Punjab Mental Hospital Lahore 1932-46 - 1932-1946
Year: 1932
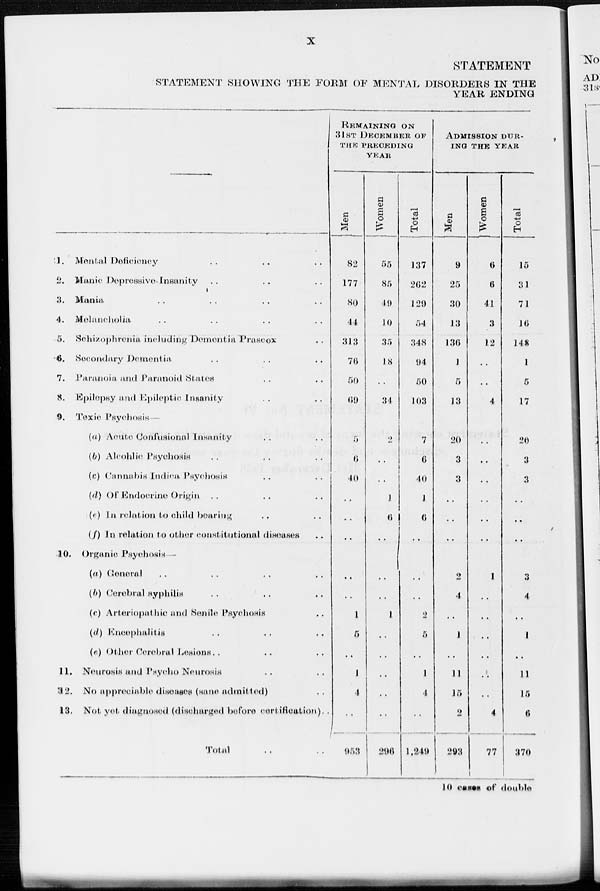
X
STATEMENT
STATEMENT SHOWING THE FORM OF MENTAL DISORDERS IN THE
YEAR ENDING
—
1.
Mental Deficieney .. .. ..
2. Manic Depressive Insanity .. .. ..
3. Mania .. .. .. ..
4. Melancholia. .. .. .. ..
5. Schizophrenia including Dementia Prascox ..
6. Secondary Dementia .. .. ..
7. Paranoia and Paranoid States .. ..
8. Epilepsy and Epileptic Insanity .. ..
9. Toxic Psychosis
(a) Acute Confusional insanity .. ..
(b) Alcohlic Psychosis .. .. ..
(c) Cannabis Indica Psychosis
(d) Of Endocrine Origin .. .. ..
(e) In relation to child hearing .. ..
(f) In relation to other constitutional diseases ..
10. Organic Psychosis
(a) General .. .. .. ..
(b) Cerebral Hyphilis .. .. ..
(c) Arteriopathie and Senile Psychosis ..
(d) Encephalitis .. .. ..
(e) Other Cerebral Lesions ..
11. Neurosis and Psycho Neurosis .. ..
12.
No appreciable diseases (sane admitted) ..
13. Not yet diagnosed (discharged before certification). .
Total .. ..
REMAINING ON
31ST DECEMBER OF
THE PRECEDING
YEAR
Men
82
177
80
44
313
76
50
69
5
6
40
..
..
..
..
..
1
5
..
1
4
..
953
Women
55
85
49
10
35
18
..
34
2
..
..
1
6
..
..
..
1
..
..
..
..
..
296
Total
137
262
129
54
348
94
50
103
7
6
40
1
6
..
..
..
2
5
..
1
4
..
1,249
ADMISSION DUR-
ING THE YEAR
Men
9
25
30
13
136
1
5
13
20
3
3
..
..
..
2
4
..
1
..
11
15
2
293
Women
6
6
41
3
12
..
..
4
..
..
..
..
..
..
1
..
..
..
..
..
..
4
77
Total
15
31
71
16
148
1
5
17
20
3
3
..
..
..
3
4
..
1
..
11
15
6
370
10 cases of double